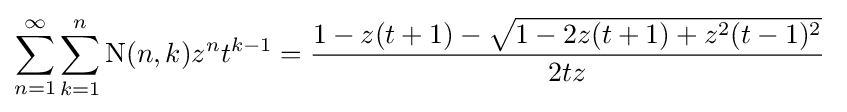
\sum _{n=1}^{\infty }\sum _{k=1}^{n}\operatorname {N} (n,k)z^{n}t^{k-1}={\frac {1-z(t+1)-{\sqrt {1-2z(t+1)+z^{2}(t-1)^{2}}}}{2tz}}\;